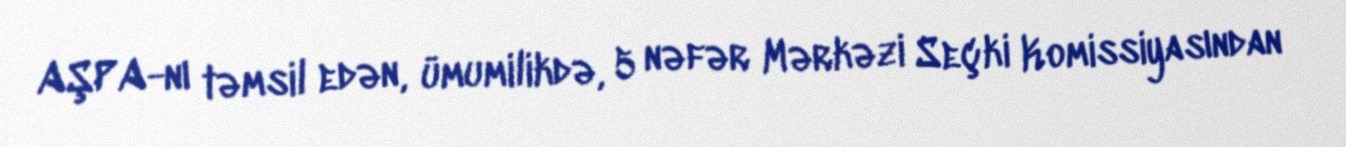
AŞPA-nı təmsil edən, ümumilikdə, 5 nəfər Mərkəzi Seçki Komissiyasından